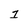
Character: 2